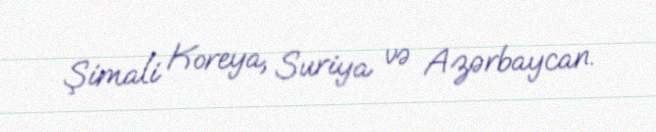
Şimali Koreya, Suriya və Azərbaycan.